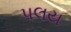
પલય